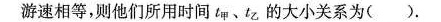
游速相等，则他们所用时间tm、tz的大小关系为()。